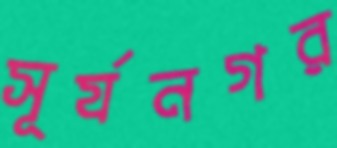
সূর্যনগর